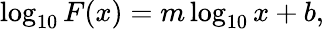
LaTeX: \log_{10}F(x)=m\log_{10}x+b,